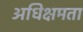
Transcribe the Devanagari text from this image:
अधिक्षमता